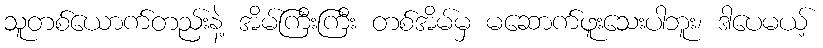
သူတစ်ယောက်တည်းနဲ့ အိမ်ကြီးကြီး တစ်အိမ်မှ မဆောက်ဖူးသေးပါဘူး၊ ဒါပေမယ့်